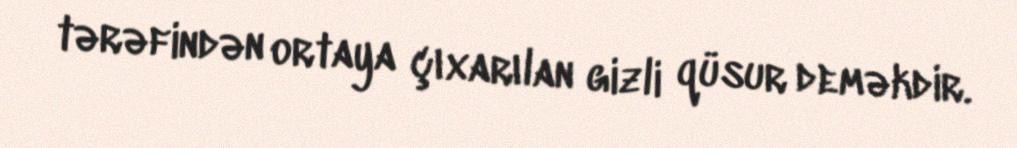
tərəfindən ortaya çıxarılan gizli qüsur deməkdir.